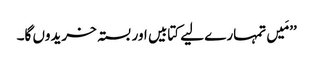
’’مَیں تمہارے لیے کتابیں اور بستہ خریدوں گا۔